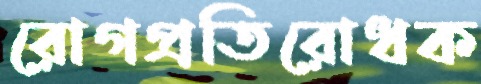
রোগপ্রতিরোধক